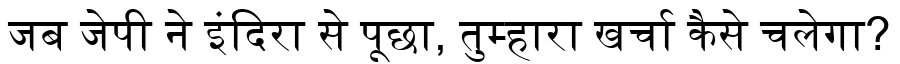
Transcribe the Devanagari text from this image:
जब जेपी ने इंदिरा से पूछा, तुम्हारा खर्चा कैसे चलेगा?